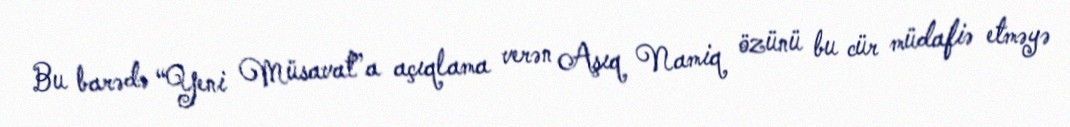
Bu barədə “Yeni Müsavat”a açıqlama verən Aşıq Namiq özünü bu cür müdafiə etməyə